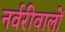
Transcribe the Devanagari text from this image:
नर्वरीवालों